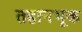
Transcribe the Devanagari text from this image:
तहानभूक